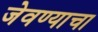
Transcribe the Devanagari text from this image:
जेवण्याचा